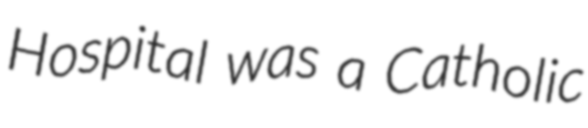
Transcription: Hospital was a Catholic